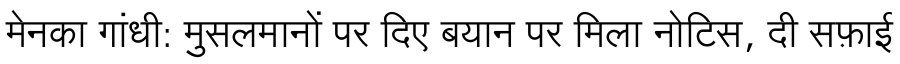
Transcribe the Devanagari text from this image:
मेनका गांधी: मुसलमानों पर दिए बयान पर मिला नोटिस, दी सफ़ाई